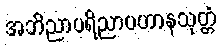
အဘိညာပရိညာပဟာနသုတ္တံ